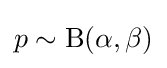
p\sim {\textrm {B}}(\alpha ,\beta )